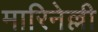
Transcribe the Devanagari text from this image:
मारिनेल्ली